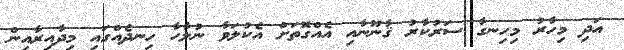
އަދި މިހާރު މިހިނގާ ސަރުކާރު ޤާނޫނާއި އެއްގޮތަށް އެކުލަވާ ނުލާހާ ހިނދެއްގައި މިދާއިރާއިން